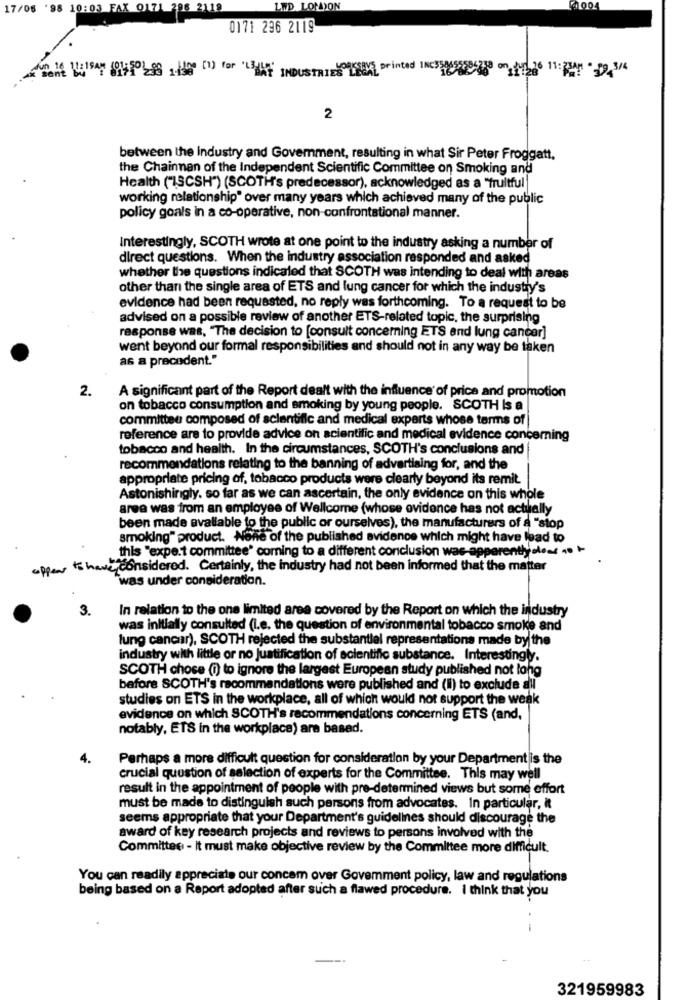
17/06 '98 10:03 FAX 0171 296 2118
LED LONDON
1004
0171 236 2119
THE WISAT 0928 THE (1) for AT INDUSTRIES LEGAL Printed INCHE19950620 on 1226 11: MAY 1,3/4
2
between the industry and Govemment, resulting in what Sir Peter Froggatt,
the Chainman of the Independent Scientific Committee on Smoking and
Health ("ISCSH") (SCOTH's predecessor), acknowledged as a "fruitful
working relationship" over many years which achieved many of the public
policy goals in a co-operative, non-confrontational manner.
Interestingly, SCOTH wrote at one point to the industry asking a number of
direct questions. When the industry association responded and asked
whether the questions indicated that SCOTH was intending to deal with areas
other than the single area of ETS and lung cancer for which the industry's
evidence had been requested, no reply was forthcoming. To a request to be
advised on a possible review of another ETS-related topic, the surprising
response was, "The decision to [consult concerning ETS and lung cancer]
went beyond our formal responsibilities and should not in any way be taken
as a precedent."
2.
A significant part of the Report dealt with the influence of price and promotion
on tobacco consumption and smoking by young people. SCOTH Is a
committee composed of scientific and medical experts whose terms of
reference are to provide advice on scientific and medical evidence concerning
tobacco and health. In the circumstances, SCOTH's conclusions and
recommendations relating to the banning of advertising for, and the
appropriate pricing of, tobacco products were clearly beyond its remit.
Astonishingly, so far as we can ascertain, the only evidence on this whole
aree was from an employee of Wellcome (whose evidence has not actually
been made available to the public or ourselves), the manufacturers of a "stop
smoking" product. None of the published evidence which might have lead to
this 'expert committee' corning to a different conclusion was apparently door .0 +
appear to have considered. Certainly, the industry had not been informed that the matter
"was under consideration.
3.
In relation to the one limited area covered by the Report on which the industry
was initially consulted (i.e. the question of environmental tobacco smoke and
lung cancer), SCOTH rejected the substantial representations made by the
industry with little or no justification of scientific substance. Interestingly.
SCOTH chose (i) to ignore the largest European study published not long
before SCOTH's recommendations were published and (Il) to exclude all
studies on ETS in the workplace, all of which would not support the weak
evidence on which SCOTH's recommendations concerning ETS (and,
notably, ETS in the workplace) are based.
4.
Perhaps a more difficult question for consideration by your Department is the
crucial question of selection of experts for the Committee. This may well
result in the appointment of people with pre-determined views but some effort
must be made to distinguish such parsons from advocates. In particular, it
seems appropriate that your Department's guidelines should discourage the
award of key research projects and reviews to persons involved with the
Committee - It must make objective review by the Committee more difficult.
You can readily appreciate our concem over Govemment policy, law and regulations
being based on a Report adopted after such a flawed procedure. I think that you
321959983